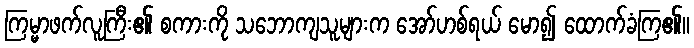
ကြမ္မာဖက်လူကြီး၏ စကားကို သဘောကျသူများက အော်ဟစ်ရယ် မော၍ ထောက်ခံကြ၏။